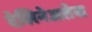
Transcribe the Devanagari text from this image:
देलिनेअतेस